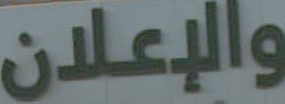
والإعلان